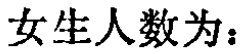
女生人数为：